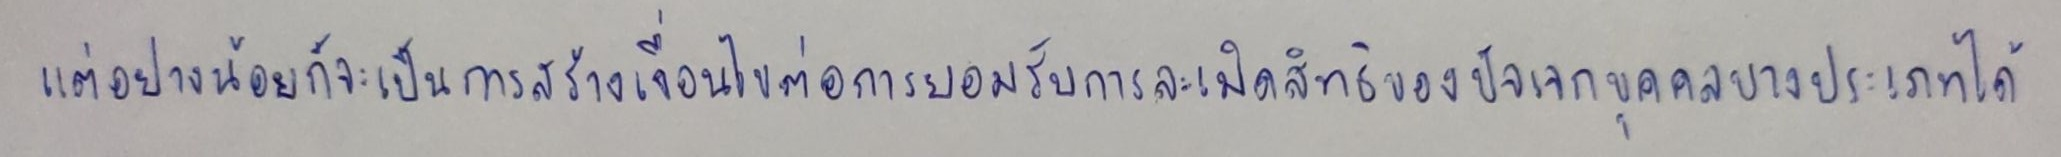
แต่อย่างน้อยก็จะเป็นการสร้างเงื่อนไขต่อการยอมรับการละเมิดสิทธิของปัจเจกบุคคลบางประเภทได้